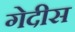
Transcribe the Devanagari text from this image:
गेदीस